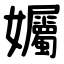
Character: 孎